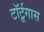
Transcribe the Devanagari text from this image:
टॉर्टूगास